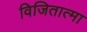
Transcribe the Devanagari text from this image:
विजितात्मा